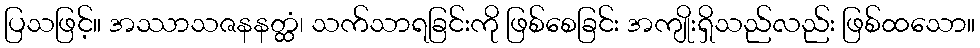
ပြသဖြင့်။ အဿာသဇနနတ္ထံ၊ သက်သာရခြင်းကို ဖြစ်စေခြင်း အကျိုးရှိသည်လည်း ဖြစ်ထသော။